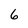
Character: 6